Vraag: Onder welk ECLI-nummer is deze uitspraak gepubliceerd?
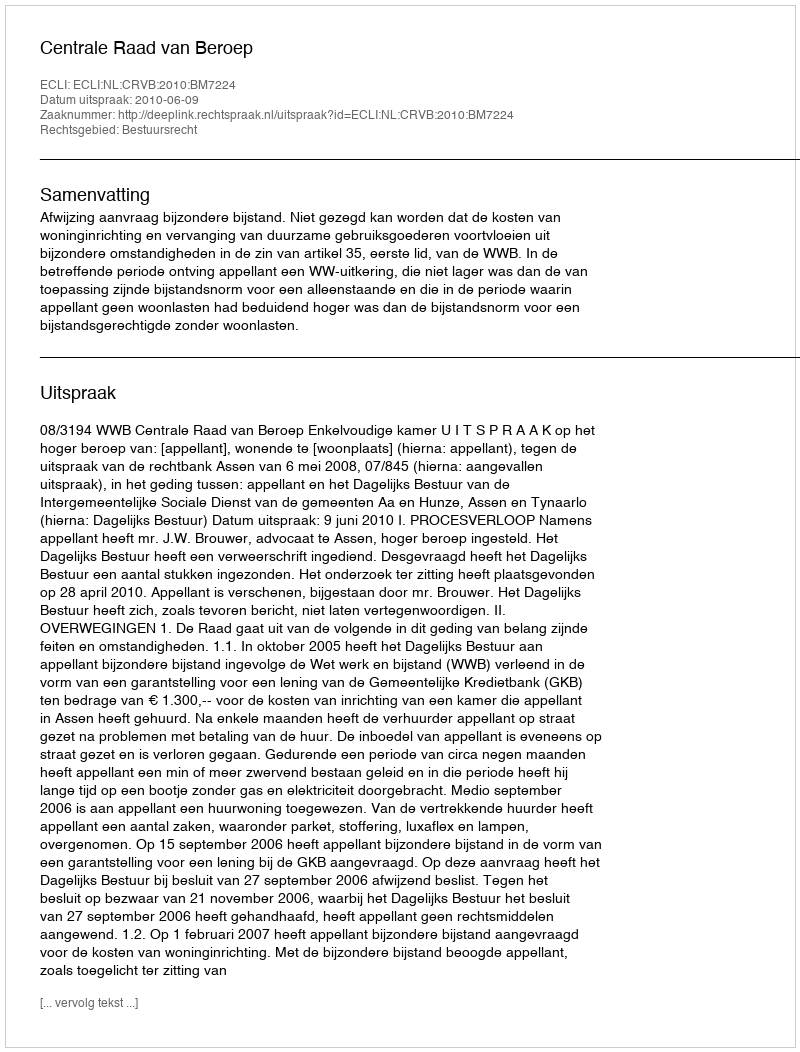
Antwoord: ECLI:NL:CRVB:2010:BM7224